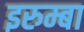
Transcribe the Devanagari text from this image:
इरुम्बा